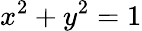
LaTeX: x^{2}+y^{2}=1